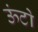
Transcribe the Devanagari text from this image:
ऊंटो